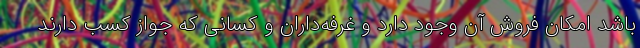
باشد امکان فروش آن وجود دارد و غرفه‌داران و کسانی که جواز کسب دارند